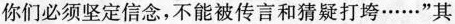
你们必须坚定信念，不能被传言和猜疑打垮……”其